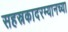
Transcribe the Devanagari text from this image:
सहस्रकादरम्यानच्या